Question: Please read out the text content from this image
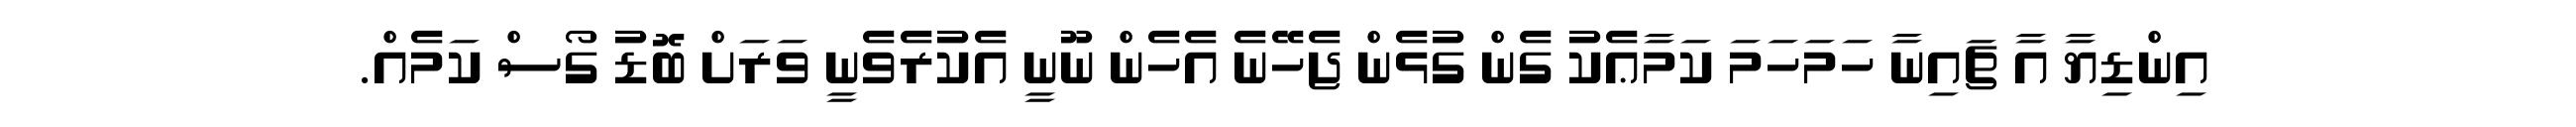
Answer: އިންޑިޔާ އާ ޗައިނާ ހަމަހަމަ ކަމާޢެކު ގެން ގުޅެން ޖެހޭނެ އެހެން ނޫނީ އެކުރެވެނީ ވަރަށް ބޮޑު ގޯސް ކަމެއް.